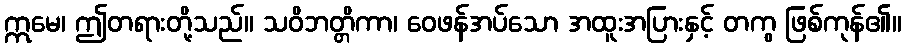
ဣမေ၊ ဤတရားတို့သည်။ သဝိဘတ္တိကာ၊ ဝေဖန်အပ်သော အထူးအပြားနှင့် တကွ ဖြစ်ကုန်၏။